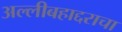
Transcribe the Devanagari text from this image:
अल्लीबहाद्दराचा